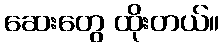
ဆေးတွေ ထိုးတယ်။